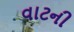
વાટની